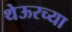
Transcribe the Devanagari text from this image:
थेऊरच्या